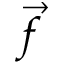
\vec { f }